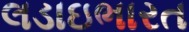
લડાઇભારત